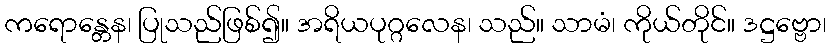
ကရောန္တေန၊ ပြုသည်ဖြစ်၍။ အရိယပုဂ္ဂလေန၊ သည်။ သာမံ၊ ကိုယ်တိုင်။ ဒဋ္ဌဗ္ဗော၊